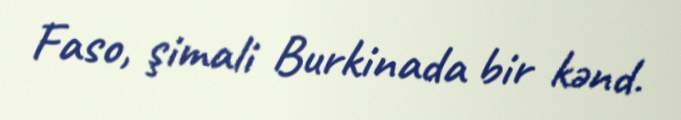
Faso, şimali Burkinada bir kənd.